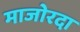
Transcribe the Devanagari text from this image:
माजोरदा